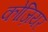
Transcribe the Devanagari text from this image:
कोज़ियर